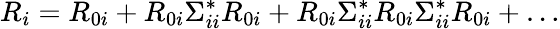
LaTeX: R_{i}=R_{0i}+R_{0i}\Sigma_{ii}^{*}R_{0i}+R_{0i}\Sigma_{ii}^{*}R_{0i}\Sigma_{ii}^{*}R_{0i}+\dots